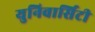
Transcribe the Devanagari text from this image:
युनिवार्सिटी